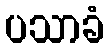
ပသာခံ